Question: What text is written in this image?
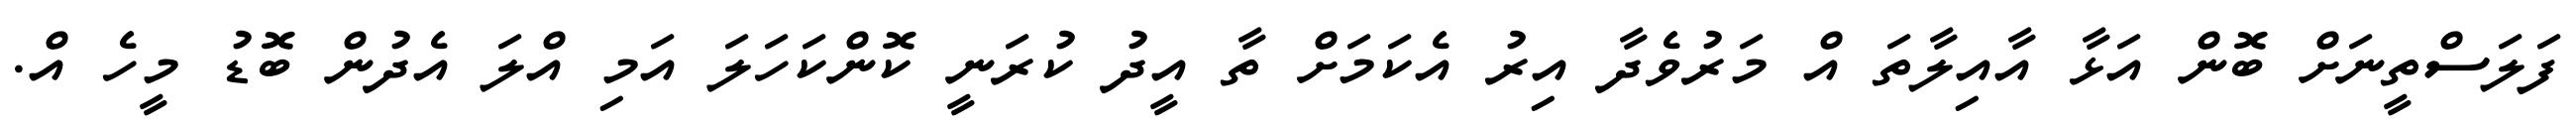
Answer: ފަލަސްތީނަށް ބޮން އަޅާ އާއިލާތަ އް މަރުވެދާ އިރު އެކަމަށް ތާ އީދު ކުރަނީ ކޮންކަހަލަ އަމި އްލަ އެދުން ބޮޑު މީހެ އް.